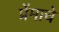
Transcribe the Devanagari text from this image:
प्रेंमाचे